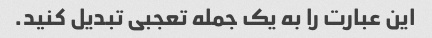
این عبارت را به یک جمله تعجبی تبدیل کنید.